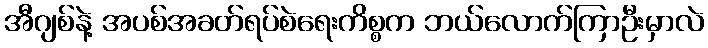
အီဂျစ်နဲ့ အပစ်အခတ်ရပ်စဲရေးကိစ္စက ဘယ်လောက်ကြာဦးမှာလဲ